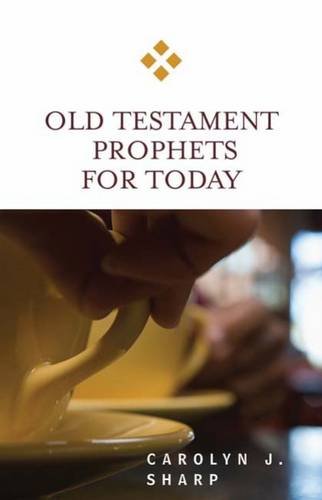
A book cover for Old Testament Prophets for Today; Carolyn J. Sharp; Christian Books & Bibles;